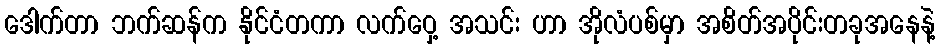
ဒေါက်တာ ဘက်ဆန်က နိုင်ငံတကာ လက်ဝှေ့ အသင်း ဟာ အိုလံပစ်မှာ အစိတ်အပိုင်းတခုအနေနဲ့